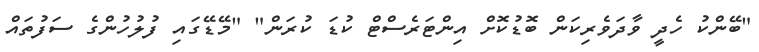
"ބޭންކު ހެދީ ވާދަވެރިކަން ބޮޑުކޮށް އިންޓަރެސްޓް ކުޑަ ކުރަން" "މޭޑޭގައި ފުލުހުންގެ ސަފުތައް